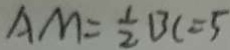
A M = \frac { 1 } { 2 } B C = 5